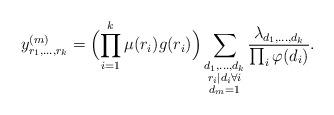
LaTeX: \begin{align*}y^{(m)}_{r_1,\ldots,r_k}=\Bigl(\prod_{i=1}^k\mu(r_i)g(r_i)\Bigr)\sum_{\substack{d_1,\ldots,d_k\\r_i\mid d_i\forall i\\d_m=1}}\frac{\lambda_{d_1,\ldots,d_k}}{\prod_i\varphi(d_i)}.\end{align*}